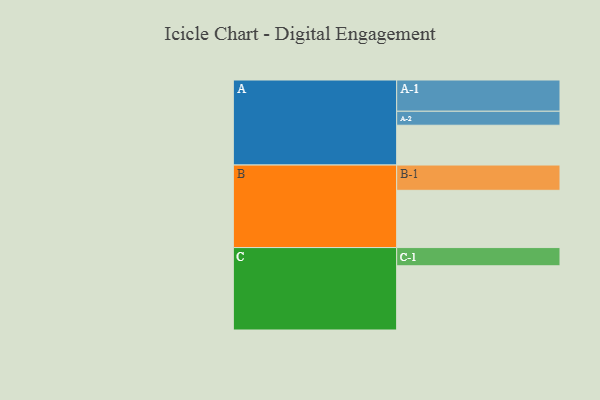
{"axis": {"x": "Segment", "y": "Value"}, "legend": ["", "A", "B", "C"], "data": [{"x": "A", "y": 367, "type": ""}, {"x": "B", "y": 528, "type": ""}, {"x": "C", "y": 592, "type": ""}, {"x": "A-1", "y": 288, "type": "A"}, {"x": "A-2", "y": 129, "type": "A"}, {"x": "B-1", "y": 233, "type": "B"}, {"x": "C-1", "y": 168, "type": "C"}]}